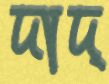
দাদ্